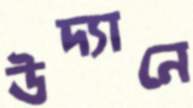
উদ্যানে